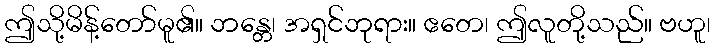
ဤသို့မိန့်တော်မူ၏။ ဘန္တေ၊ အရှင်ဘုရား။ ဧတေ၊ ဤလူတို့သည်။ ဗဟူ၊